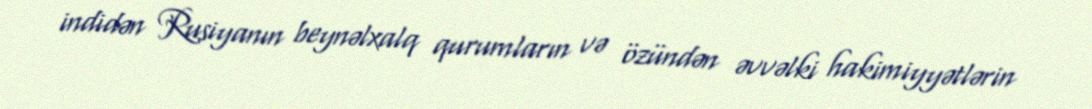
indidən Rusiyanın beynəlxalq qurumların və özündən əvvəlki hakimiyyətlərin